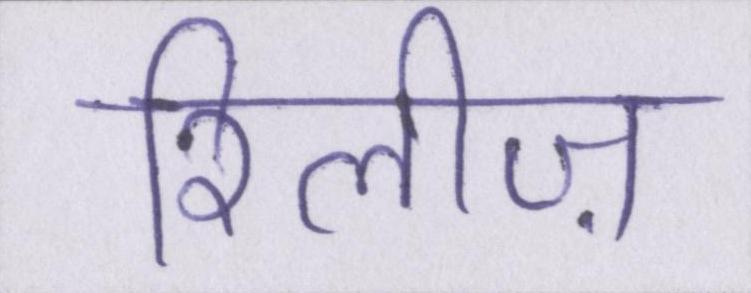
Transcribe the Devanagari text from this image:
रिलीज़